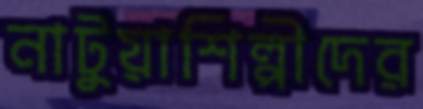
নাটুয়াশিল্পীদের